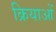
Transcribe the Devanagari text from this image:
क्रियाआें